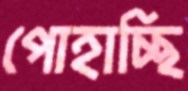
পোহাচ্ছি